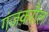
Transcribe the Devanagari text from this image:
गंजकरौल